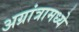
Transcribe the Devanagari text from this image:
अग्रांत्रामध्ये